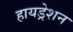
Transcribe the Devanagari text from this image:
हायड्रेशन